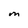
Character: M